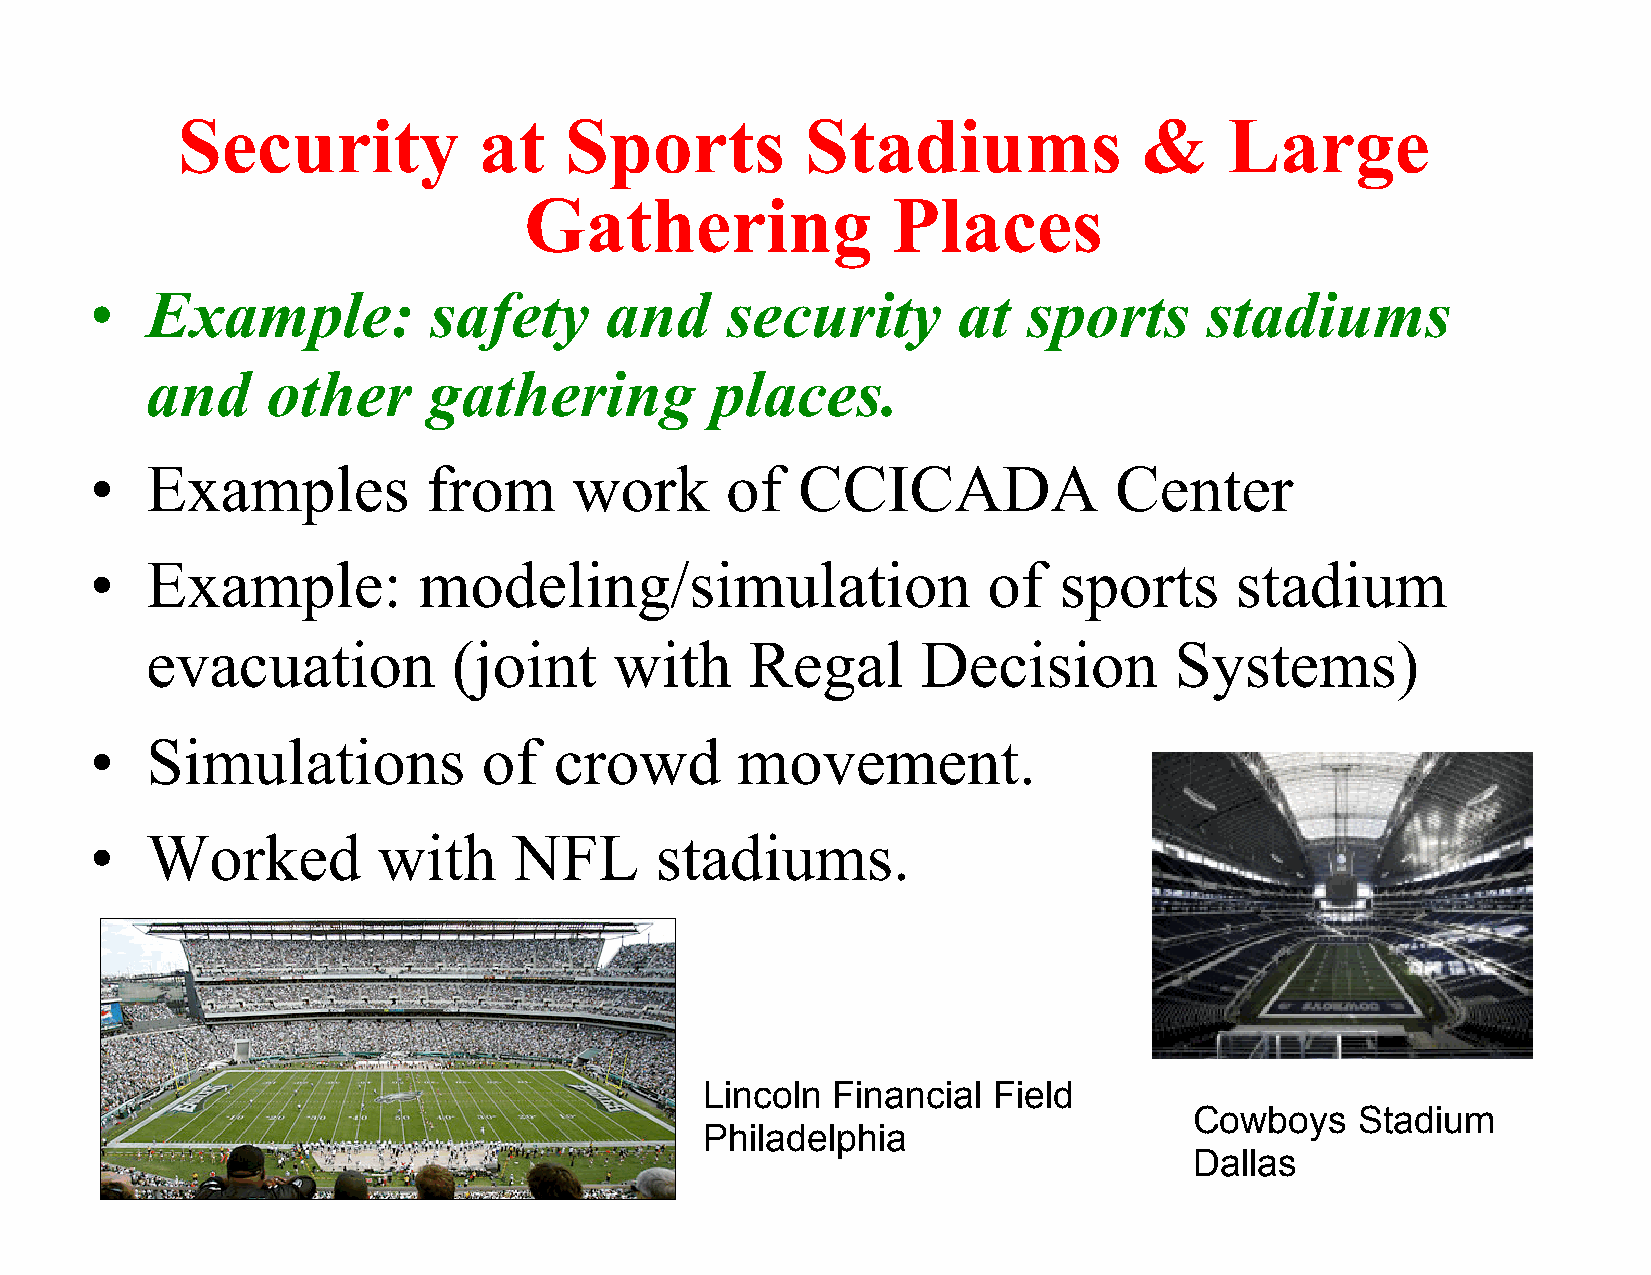
Security            at   Sports          Stadiums               &    Large
 Gathering               Places
 •   Example:          safety      and     security       at   sports      stadiums
 and     other     gathering          places.
 •   Examples          from      work      of   CCICADA              Center
 •   Example:          modeling/simulation                  of   sports      stadium
 evacuation          (joint     with     Regal      Decision         Systems)
 •   Simulations           of   crowd       movement.
 •   Worked         with     NFL      stadiums.
 Lincoln Financial  Field
 Cowboys    Stadium
 Philadelphia
 Dallas
 !